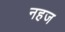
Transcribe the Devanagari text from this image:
नहज